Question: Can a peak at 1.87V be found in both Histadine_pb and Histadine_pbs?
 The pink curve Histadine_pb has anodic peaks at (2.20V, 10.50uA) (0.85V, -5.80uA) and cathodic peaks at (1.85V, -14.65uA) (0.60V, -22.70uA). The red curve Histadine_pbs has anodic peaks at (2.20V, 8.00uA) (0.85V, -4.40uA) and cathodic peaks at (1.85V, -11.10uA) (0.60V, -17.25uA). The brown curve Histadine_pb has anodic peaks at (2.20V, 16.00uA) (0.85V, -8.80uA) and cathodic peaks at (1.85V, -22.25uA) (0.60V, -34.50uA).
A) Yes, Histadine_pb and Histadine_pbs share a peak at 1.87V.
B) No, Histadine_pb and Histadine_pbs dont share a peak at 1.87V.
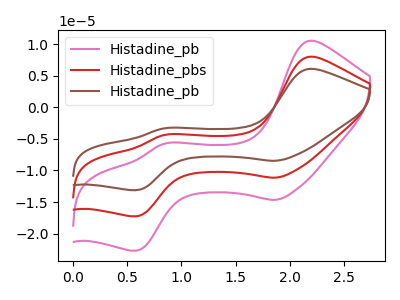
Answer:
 <answer>A) Yes, "Histadine_pb" and "Histadine_pbs" share a peak at 1.87V.</answer>
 <eval>A</eval>